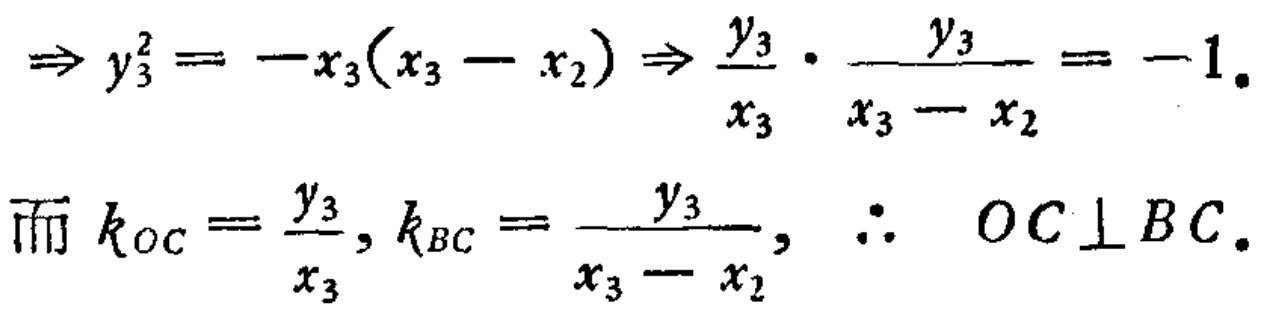
\(\Rightarrow y_{3}^{2}=-x_{3}(x_{3}-x_{2})\Rightarrow \frac{y_{3}}{x_{3}}\cdot\frac{y_{3}}{x_{3}-x_{2}}=-1.\)
\(\mathrm{而}k_{OC}=\frac{y_{3}}{x_{3}},k_{BC}=\frac{y_{3}}{x_{3}-x_{2}},\ \therefore\ OC\perp BC.\)